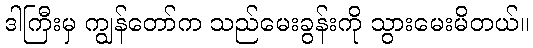
ဒါကြီးမှ ကျွန်တော်က သည်မေးခွန်းကို သွားမေးမိတယ်။